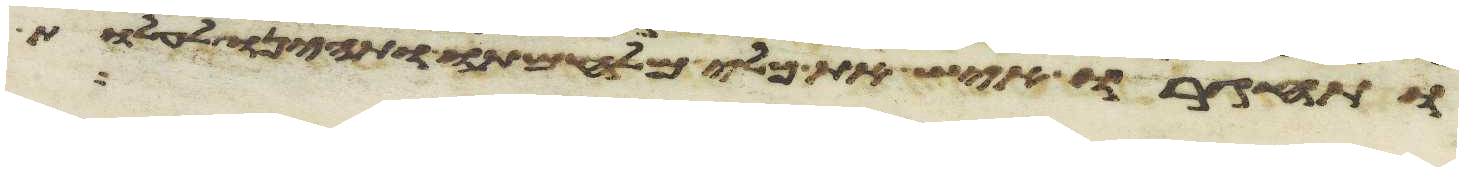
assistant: ותחגרו איש את כלי מלחמתו ותהיינו